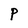
Character: P